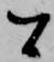
間